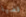
قضية